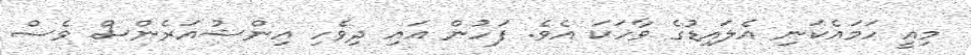
މިއީ ހަމައެކަނި އެލައިޑުގެ ވާހަކަ އެވެ. ފަހުން އައި ދިވެހި އިންޝުއަރެންސް ވެސް